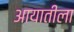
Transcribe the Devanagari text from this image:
आयातीला